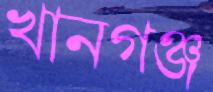
খানগঞ্জ